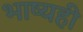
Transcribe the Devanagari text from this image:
भाष्यही